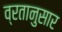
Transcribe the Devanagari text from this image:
व्रतानुसार